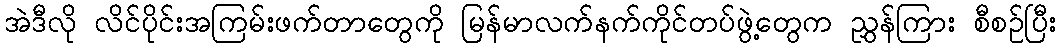
အဲဒီလို လိင်ပိုင်းအကြမ်းဖက်တာတွေကို မြန်မာလက်နက်ကိုင်တပ်ဖွဲ့တွေက ညွှန်ကြား စီစဉ်ပြီး